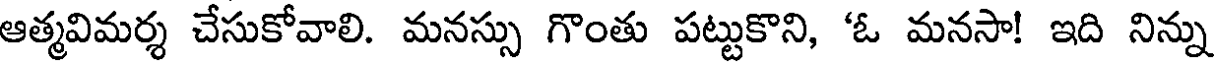
ఆత్మవిమర్శ చేసుకోవాలి. మనస్సు గొంతు పట్టుకొని, 'ఓ మనసా! ఇది నిన్ను